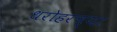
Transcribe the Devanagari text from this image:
धरोहरच्या